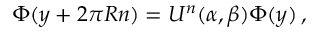
\Phi ( y + 2 \pi R n ) = U ^ { n } ( \alpha , \beta ) \Phi ( y ) \, ,